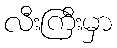
လီးကြီးမှာ